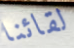
لقائنا